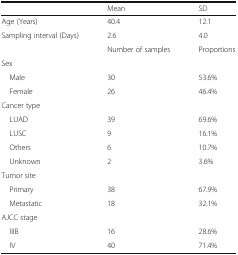
<table><thead><tr><td>[EMPTY_CELL]</td><td><b>Mean</b></td><td><b>SD</b></td></tr></thead><tbody><tr><td>Age (Years)</td><td>40.4</td><td>12.1</td></tr><tr><td>Sampling interval (Days)</td><td>2.6</td><td>4.0</td></tr><tr><td>[EMPTY_CELL]</td><td>Number of samples</td><td>Proportions</td></tr><tr><td colspan="3">Sex</td></tr><tr><td> Male</td><td>30</td><td>53.6%</td></tr><tr><td> Female</td><td>26</td><td>46.4%</td></tr><tr><td colspan="3">Cancer type</td></tr><tr><td> LUAD</td><td>39</td><td>69.6%</td></tr><tr><td> LUSC</td><td>9</td><td>16.1%</td></tr><tr><td> Others</td><td>6</td><td>10.7%</td></tr><tr><td> Unknown</td><td>2</td><td>3.6%</td></tr><tr><td colspan="3">Tumor site</td></tr><tr><td> Primary</td><td>38</td><td>67.9%</td></tr><tr><td> Metastatic</td><td>18</td><td>32.1%</td></tr><tr><td colspan="3">AJCC stage</td></tr><tr><td> IIIB</td><td>16</td><td>28.6%</td></tr><tr><td> IV</td><td>40</td><td>71.4%</td></tr></tbody></table>